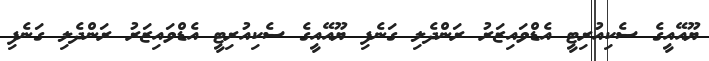
ޔޫއޭއީގެ ސެކިއުރިޓީ އެޑްވައިޒަރު ރަންދެލި ގަނެފި ޔޫއޭއީގެ ސެކިއުރިޓީ އެޑްވައިޒަރު ރަންދެލި ގަނެފި